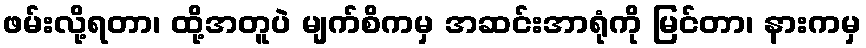
ဖမ်းလို့ရတာ၊ ထို့အတူပဲ မျက်စိကမှ အဆင်းအာရုံကို မြင်တာ၊ နားကမှ